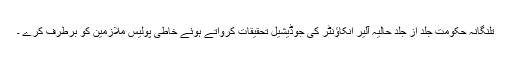
تلنگانہ حکومت جلد از جلد حالیہ آلیر انکاؤنٹر کی جوڈیشیل تحقیقات کرواتے ہوئے خاطی پولیس ملازمین کو برطرف کرے ۔